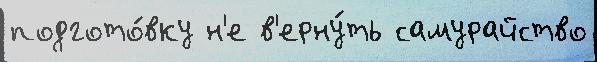
подгото́вку н'е в'ерну́ть самурайство